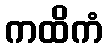
ကထိကံ